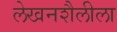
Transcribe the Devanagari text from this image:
लेखनशैलीला